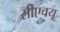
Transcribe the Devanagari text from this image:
सीएचयू